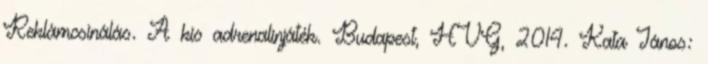
Reklámcsinálás. A kis adrenalinjáték. Budapest, HVG, 2014. Kata János: